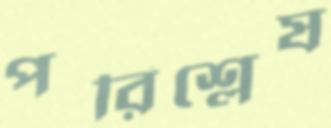
পরিশ্লেষ